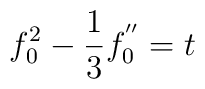
f_0^2 - \frac{1}{3} f_0^{''} = t